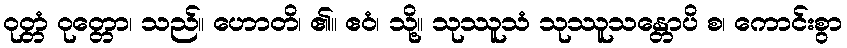
ဝုတ္တံ ဝုတ္တော၊ သည်။ ဟောတိ၊ ၏။ ဧဝံ၊ သို့။ သုဿူသံ သုဿူသန္တောပိ စ၊ ကောင်းစွာ